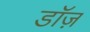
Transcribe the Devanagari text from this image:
डॉज़